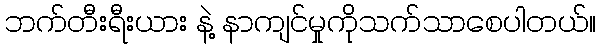
ဘက်တီးရီးယား နဲ့ နာကျင်မှုကိုသက်သာစေပါတယ်။